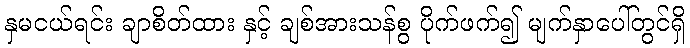
နှမငယ်ရင်း ချာစိတ်ထား နှင့် ချစ်အားသန်စွ ပိုက်ဖက်၍ မျက်နှာပေါ်တွင်ရှိ